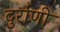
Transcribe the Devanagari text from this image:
दुर्राणी